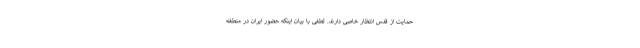
حمایت از قدس انتظار خاصی دارند. لطفی با بیان اینکه حضور ایران در منطقه